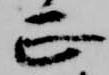
正